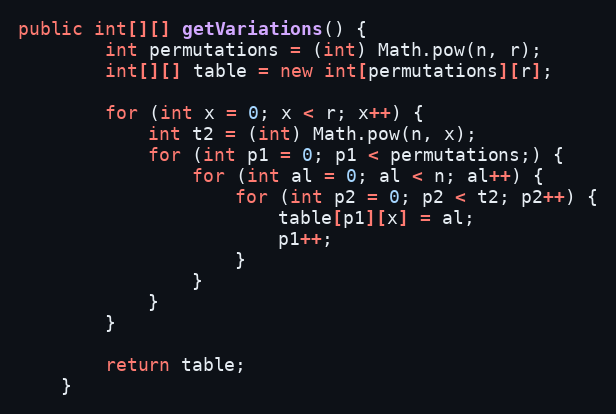
Language: Java
public int[][] getVariations() {
		int permutations = (int) Math.pow(n, r);
		int[][] table = new int[permutations][r];

		for (int x = 0; x < r; x++) {
			int t2 = (int) Math.pow(n, x);
			for (int p1 = 0; p1 < permutations;) {
				for (int al = 0; al < n; al++) {
					for (int p2 = 0; p2 < t2; p2++) {
						table[p1][x] = al;
						p1++;
					}
				}
			}
		}

		return table;
	}